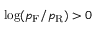
\log ( p _ { \mathrm { F } } / p _ { \mathrm { R } } ) > 0